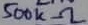
Text: 500kΩ